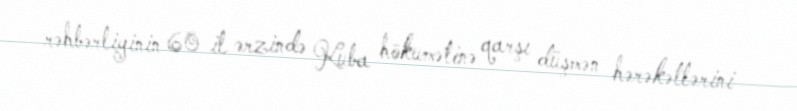
rəhbərliyinin 60 il ərzində Kuba hökumətinə qarşı düşmən hərəkətlərini